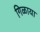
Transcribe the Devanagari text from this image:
गिळाया